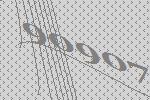
90907